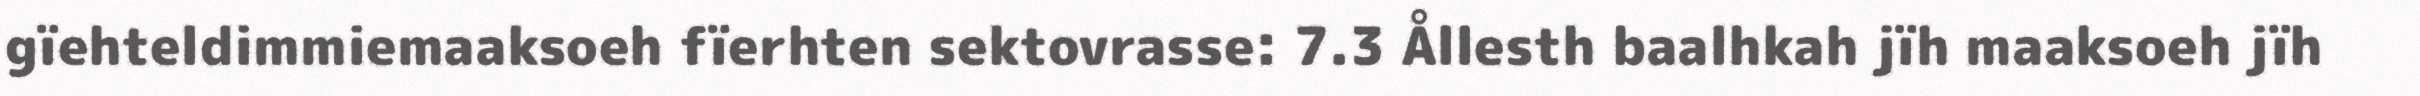
gïehteldimmiemaaksoeh fïerhten sektovrasse: 7.3 Ållesth baalhkah jïh maaksoeh jïh